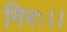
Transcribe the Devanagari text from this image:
गिरः।।